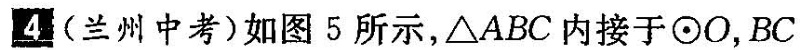
\boxed{4}(兰州中考)如图5所示，△ABC内接于\odot O，BC